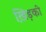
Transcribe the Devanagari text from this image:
ख़िड़की